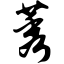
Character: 莠